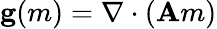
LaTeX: \mathbf{g}(m)=\nabla\cdot(\mathbf{A}m)